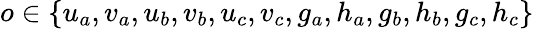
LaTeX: o\in\{ u_{a},v_{a},u_{b},v_{b},u_{c},v_{c},g_{a},h_{a},g_{b},h_{b},g_{c},h_{c}\}